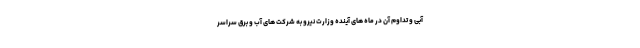
آبی و تداوم آن در ماه های آینده وزارت نیرو به شرکت های آب و برق سراسر